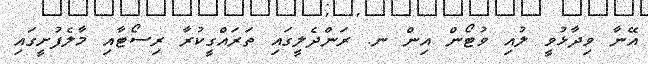
އޭނާ ވިދާޅުވީ ލުއި ވުޓޯން އިން ނ. ރަންދެލީގައި ތަރައްގީކުރާ ރިސޯޓާއި މާލެފުށީގައި